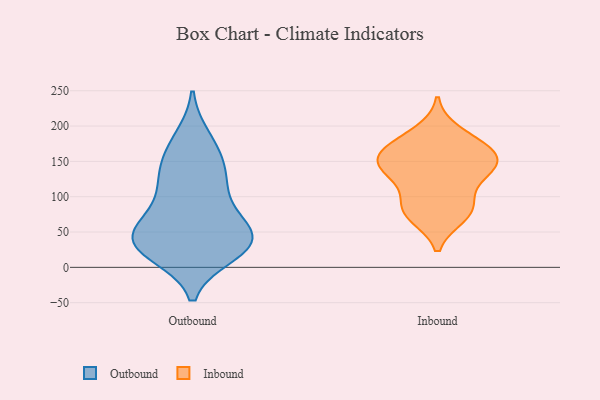
{"axis": {"x": "Customer Acquisition Cost (USD)", "y": "Value"}, "legend": ["Inbound", "Outbound"], "data": [{"x": "", "y": 23, "type": "Outbound"}, {"x": "", "y": 118, "type": "Outbound"}, {"x": "", "y": 170, "type": "Outbound"}, {"x": "", "y": 42, "type": "Outbound"}, {"x": "", "y": 20, "type": "Outbound"}, {"x": "", "y": 109, "type": "Outbound"}, {"x": "", "y": 70, "type": "Outbound"}, {"x": "", "y": 138, "type": "Outbound"}, {"x": "", "y": 31, "type": "Outbound"}, {"x": "", "y": 182, "type": "Outbound"}, {"x": "", "y": 41, "type": "Outbound"}, {"x": "", "y": 78, "type": "Outbound"}, {"x": "", "y": 39, "type": "Outbound"}, {"x": "", "y": 142, "type": "Outbound"}, {"x": "", "y": 39, "type": "Outbound"}, {"x": "", "y": 41, "type": "Outbound"}, {"x": "", "y": 92, "type": "Inbound"}, {"x": "", "y": 164, "type": "Inbound"}, {"x": "", "y": 171, "type": "Inbound"}, {"x": "", "y": 85, "type": "Inbound"}, {"x": "", "y": 191, "type": "Inbound"}, {"x": "", "y": 136, "type": "Inbound"}, {"x": "", "y": 73, "type": "Inbound"}, {"x": "", "y": 156, "type": "Inbound"}, {"x": "", "y": 141, "type": "Inbound"}, {"x": "", "y": 141, "type": "Inbound"}, {"x": "", "y": 131, "type": "Inbound"}, {"x": "", "y": 167, "type": "Inbound"}, {"x": "", "y": 76, "type": "Inbound"}]}